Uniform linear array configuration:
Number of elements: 48
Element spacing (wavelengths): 1
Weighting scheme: uniform
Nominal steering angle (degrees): -60
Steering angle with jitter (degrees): -59.079
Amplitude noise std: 0.05
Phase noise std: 0.05

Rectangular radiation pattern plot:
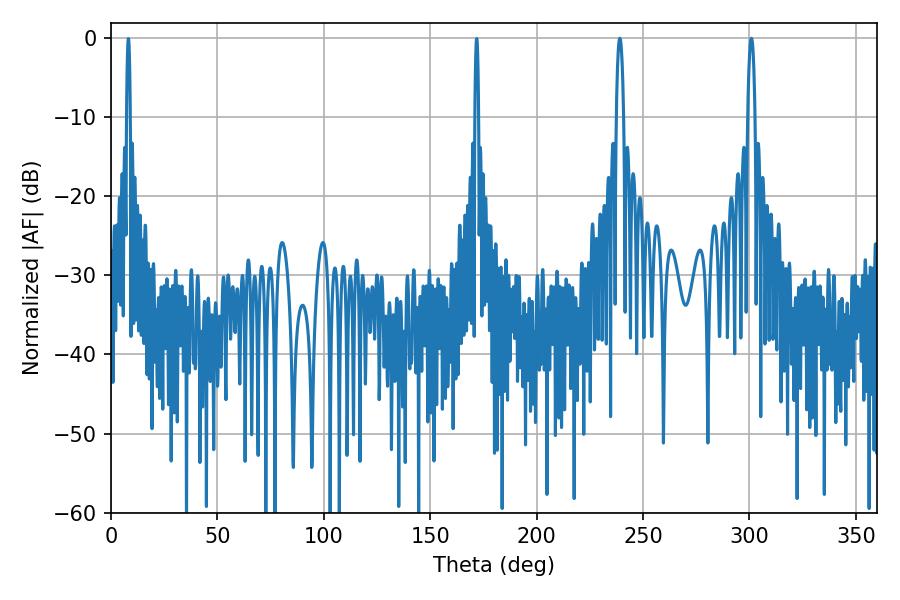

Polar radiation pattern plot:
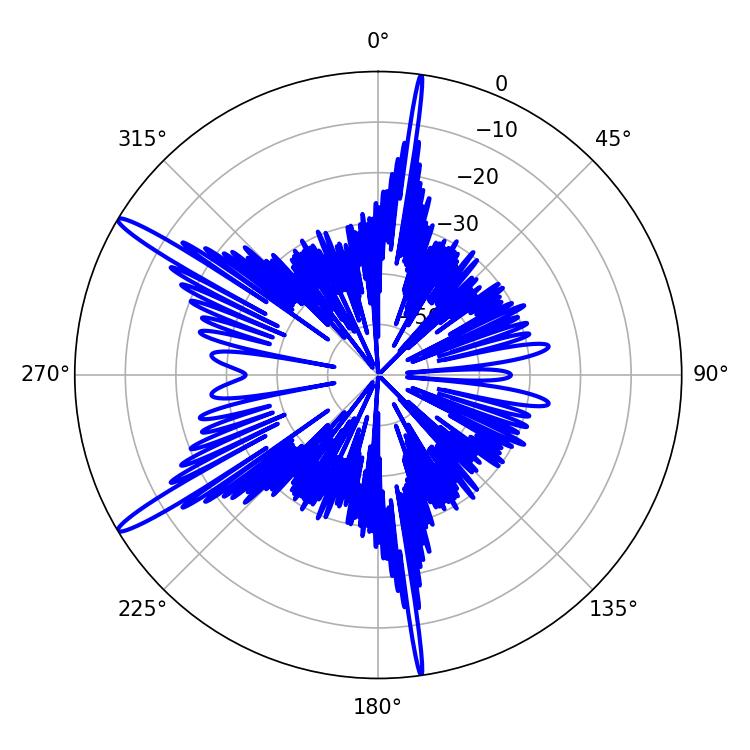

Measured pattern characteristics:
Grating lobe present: TRUE
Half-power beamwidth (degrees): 1.98
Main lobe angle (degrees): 300.96